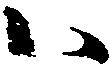
ハ